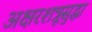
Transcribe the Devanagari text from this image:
अक्षरशत्रूसुद्धा